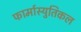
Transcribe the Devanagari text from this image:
फार्मास्युतिकल